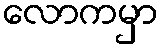
လောကမှာ